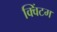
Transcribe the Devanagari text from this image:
क्विंटम